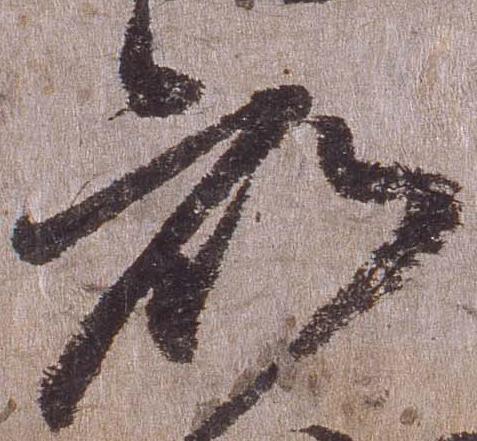
知